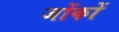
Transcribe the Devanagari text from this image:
जोंकों